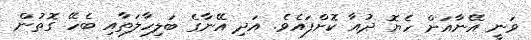
ވަނީ އޭނާއަށް ހެޔޮ ދުއާ ކޮށްފައެވެ. އަދި އޭނާގެ ބަލިހާލަތާއި ބެހޭ ގޮތުން